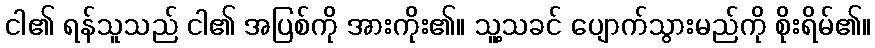
ငါ၏ ရန်သူသည် ငါ၏ အပြစ်ကို အားကိုး၏။ သူ့သခင် ပျောက်သွားမည်ကို စိုးရိမ်၏။